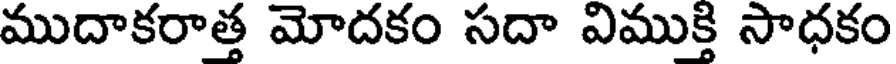
ముదాకరాత్త మోదకం సదా విముక్తి సాధకం